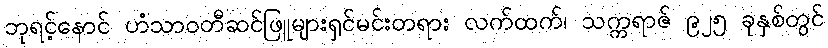
ဘုရင့်နောင် ဟံသာဝတီဆင်ဖြူများရှင်မင်းတရား လက်ထက်၊ သက္ကရာဇ် ၉၂၅ ခုနှစ်တွင်